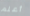
أعلم